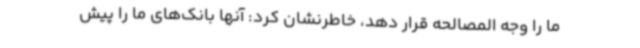
ما را وجه المصالحه قرار دهد، خاطرنشان کرد: آنها بانک‌های ما را پیش